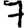
Digit: 7